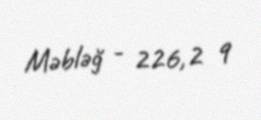
Məbləğ - 226,2 q